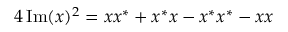
4 \operatorname { I m } ( x ) ^ { 2 } = x x ^ { * } + x ^ { * } x - x ^ { * } x ^ { * } - x x